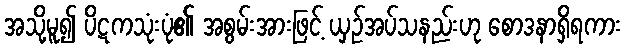
အသို့မူ၍ ပိဋကသုံးပုံ၏ အစွမ်းအားဖြင့် ယှဉ်အပ်သနည်းဟု စောဒနာရှိရကား